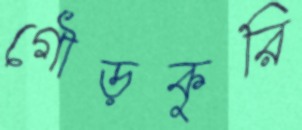
গৌড়কুরি